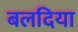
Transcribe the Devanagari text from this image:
बलदिया